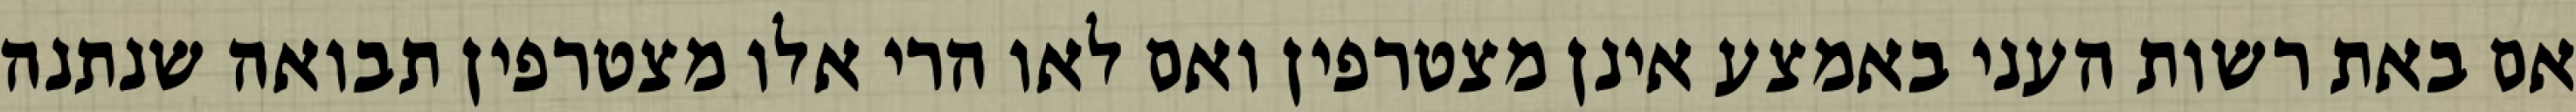
אם באת רשות העני באמצע אינן מצטרפין ואם לאו הרי אלו מצטרפין תבואה שנתנה